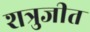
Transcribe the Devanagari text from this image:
शत्रुजीत